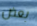
بعض